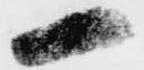
一